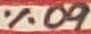
Text: 60%